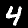
Label: 4